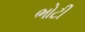
ભોટી